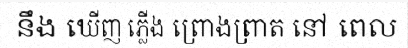
នឹង ឃើញ ភ្លើង ព្រោងព្រាត នៅ ពេល